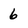
Character: 6